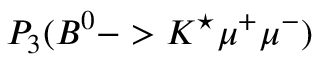
P _ { 3 } ( B ^ { 0 } - > K ^ { \star } \mu ^ { + } \mu ^ { - } )